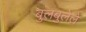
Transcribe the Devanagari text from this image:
बुलबुलेले